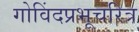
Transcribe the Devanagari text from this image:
गोविंदप्रभूचरित्र